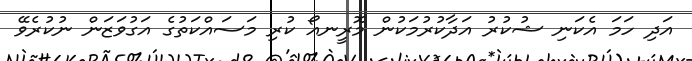
އަދި ހަމަ އެކަނި ޝުކުރު އަދާކުރުމަކުން މޮރީނއޯ ކުރި މަސައްކަތުގެ އަގުވަޒަން ނުކުރެވޭ